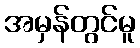
အမှန်တွင်မူ